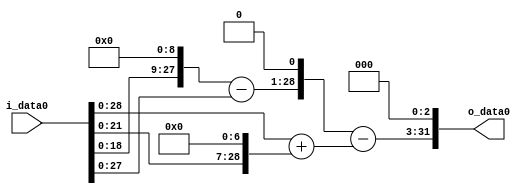
module multiplier_block (
    i_data0,
    o_data0
);

  // Port mode declarations:
  input   [31:0] i_data0;
  output  [31:0]
    o_data0;

  //Multipliers:

  wire [31:0]
    w1,
    w512,
    w511,
    w128,
    w129,
    w1022,
    w893,
    w7144;

  assign w1 = i_data0;
  assign w1022 = w511 << 1;
  assign w128 = w1 << 7;
  assign w129 = w1 + w128;
  assign w511 = w512 - w1;
  assign w512 = w1 << 9;
  assign w7144 = w893 << 3;
  assign w893 = w1022 - w129;

  assign o_data0 = w7144;

  //multiplier_block area estimate = 5012.88474054412;
endmodule